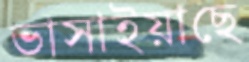
ভাসাইয়াছে